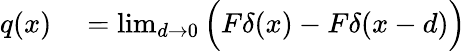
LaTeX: \begin{array}{rl}{q(x)}&{{}=\operatorname*{lim}_{d\to 0}{\Big(}F\delta(x)-F\delta(x-d){\Big)}}\end{array}